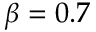
\beta = 0 . 7